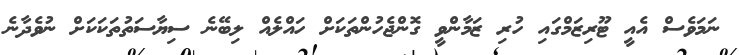
ނަމަވެސް އެއީ ޓޫރިޒަމްގައި ހުރި ޒަމާންވީ ގޮންޖެހުންތަކަށް ހައްލެއް ލިބޭނެ ސިޔާސަތުތަކަކަށް ނުވެދާނެ